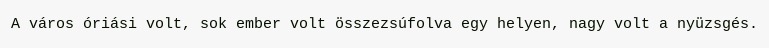
A város óriási volt, sok ember volt összezsúfolva egy helyen, nagy volt a nyüzsgés.